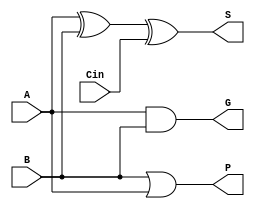
// Copyright (C) 1991-2013 Altera Corporation
// Your use of Altera Corporation's design tools, logic functions 
// and other software and tools, and its AMPP partner logic 
// functions, and any output files from any of the foregoing 
// (including device programming or simulation files), and any 
// associated documentation or information are expressly subject 
// to the terms and conditions of the Altera Program License 
// Subscription Agreement, Altera MegaCore Function License 
// Agreement, or other applicable license agreement, including, 
// without limitation, that your use is for the sole purpose of 
// programming logic devices manufactured by Altera and sold by 
// Altera or its authorized distributors.  Please refer to the 
// applicable agreement for further details.

// PROGRAM		"Quartus II 64-Bit"
// VERSION		"Version 13.0.1 Build 232 06/12/2013 Service Pack 1 SJ Web Edition"
// CREATED		"Mon Feb 06 23:39:47 2017"

module FullAdder_Lookahead(
	A,
	B,
	Cin,
	S,
	G,
	P
);


input wire	A;
input wire	B;
input wire	Cin;
output wire	S;
output wire	G;
output wire	P;

wire	SYNTHESIZED_WIRE_0;




assign	SYNTHESIZED_WIRE_0 = A ^ B;

assign	S = SYNTHESIZED_WIRE_0 ^ Cin;

assign	G = A & B;

assign	P = B | A;


endmodule